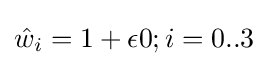
{\hat {w}}_{i}=1+\epsilon 0;i=0..3